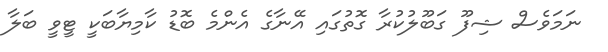
ނަމަވެސް ޝިފޫ ގަބޫލުކުރާ ގޮތުގައި އޭނާގެ އެންމެ ބޮޑު ކާމިޔާބަކީ ޓީވީ ބަލާ